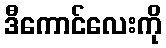
ဒီကောင်လေးကို